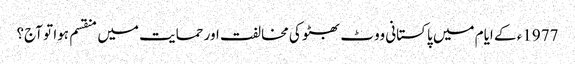
1977ء کے ایام میں پاکستانی ووٹ بھٹو کی مخالفت اور حمایت میں منقسم ہوا تو آج؟